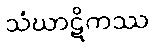
သံဃာဋိကဿ